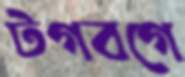
টগবগে